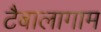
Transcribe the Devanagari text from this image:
टैबालागाम